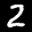
Label: 2